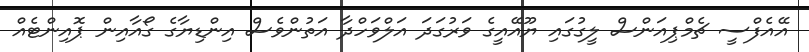
އޭއެފްސީ ޗެމްޕިއަންސް ލީގުގައި ޔޫއޭއީގެ ވަރުގަދަ އަލްވަހްދާ އަތުންވެސް އިންޑިޔާގެ ގޯއާއިން ޕޮއިންޓެއް